Notes on vaccination in the North-West Frontier Province 1923-1928 - 1923-1928
Year: 1923
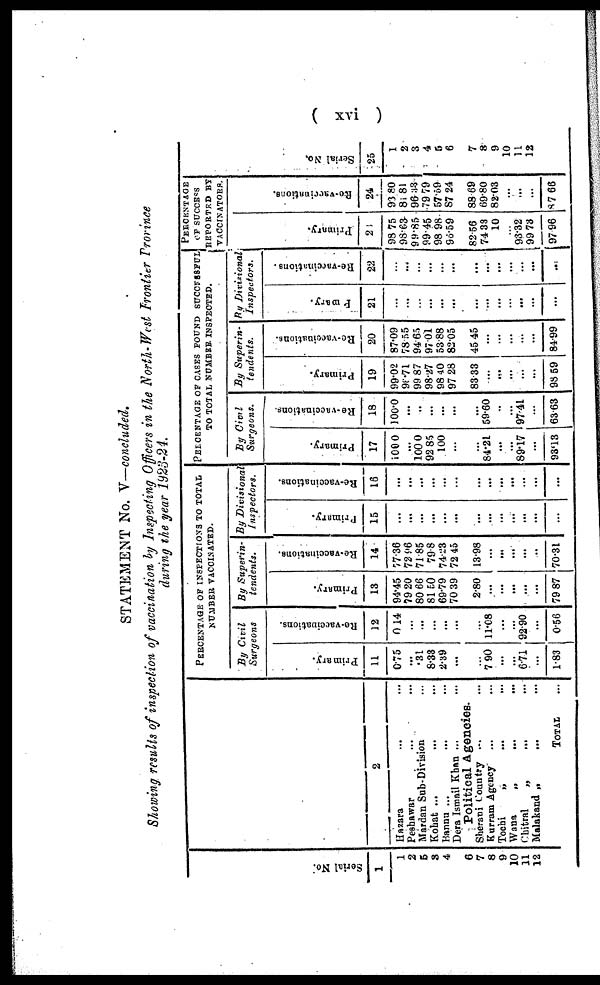
( xvi )
STATEMENT No. V—concluded.
Showing results of inspection of vaccination by Inspecting Officers in the North-West Frontier Province
during the year 1923-24.
Serial No.
1
1
2
5
3
4
6
7
8
9
10
11
12
2
Hazara ... ...
Peshawar ... ...
Mardan Sub-Division
Kohat ... ... ...
Bannu ... ... ...
Dera Ismail Khan ...
...
Political Agencies.
Sherani Country ... ...
Kurram Agency ... ...
Tochi
„ ... ...
Wana
„
... ...
Chitral
„ ... ....
Malakand „
... ...
TOTAL ...
PERCENTAGE OF INSPECTIONS TO TOTAL
NUMBER VACCINATED.
By Civil
Surgeons
Primary.
11
0.75
...
.31
8.33
2.39
...
...
7.90
...
...
6.71
...
1.83
Re-vaccinations.
12
0.14
...
...
...
...
...
...
11.08
...
...
92.90
...
0.56
By Superin-
tendents.
Primary.
13
94.45
79.20
80.66
81.50
69.79
70.39
2.80
...
...
...
...
...
79.87
Re-vaccinations.
14
77.36
72.96
71.85
79.8
74.23
72.45
13.98
...
...
...
...
...
70.31
By Divisional
Inspectors.
Primary.
15
...
...
...
...
...
...
...
...
...
...
...
...
...
Re-vaccinations.
16
...
...
...
...
...
...
...
...
...
...
...
...
...
PERCENTAGE OF CASES FOUND SUCCESSFUL
TO TOTAL NUMBER. INSPECTED.
By Civil
Surgeons.
Pr i
mar y.
17
100.0
...
100.0
92.85
100
...
...
84.21
...
...
89.17
...
93.13
Re -
va c c i
na t
i
ons .
18
100.0
...
..
...
...
...
...
59.60
...
...
97.41
...
63.63
By Superin-
tendents.
Primary.
19
99.02
96.71
99.87
98.27
98.40
97.28
83.33
...
...
...
...
...
98.59
Re-vaccinations.
20
87.09
78.55
94.65
97.01
53.88
82.05
45.45
...
...
...
...
...
84.99
By Divisional
Inspectors.
Primary.
21
...
...
...
...
...
...
...
...
...
...
...
...
...
Re-vaccinations.
22
...
...
...
...
...
...
...
...
...
...
...
...
...
PERCENTAGE
OF SUCCESS
REPORTED BY
VACCINATORS.
Primary.
23
98.75
98.63
99.85
99.45
98.98
96.59
82.56
74.33
10
...
93.32
99.73
97.96
Re-vaccinations.
24
93.80
81.81
96.33
79.79
57.59
87.24
88.69
69.80
82.03
...
...
...
87.66
Serial No.
25
1
2
3
4
5
6
7
8
9
10
11
12